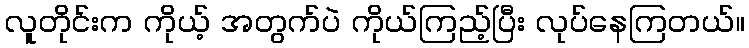
လူတိုင်းက ကိုယ့် အတွက်ပဲ ကိုယ်ကြည့်ပြီး လုပ်နေကြတယ်။